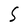
Character: S